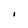
Character: I